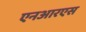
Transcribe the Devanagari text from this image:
एनआरएस